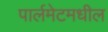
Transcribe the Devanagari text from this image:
पार्लमेटमधील